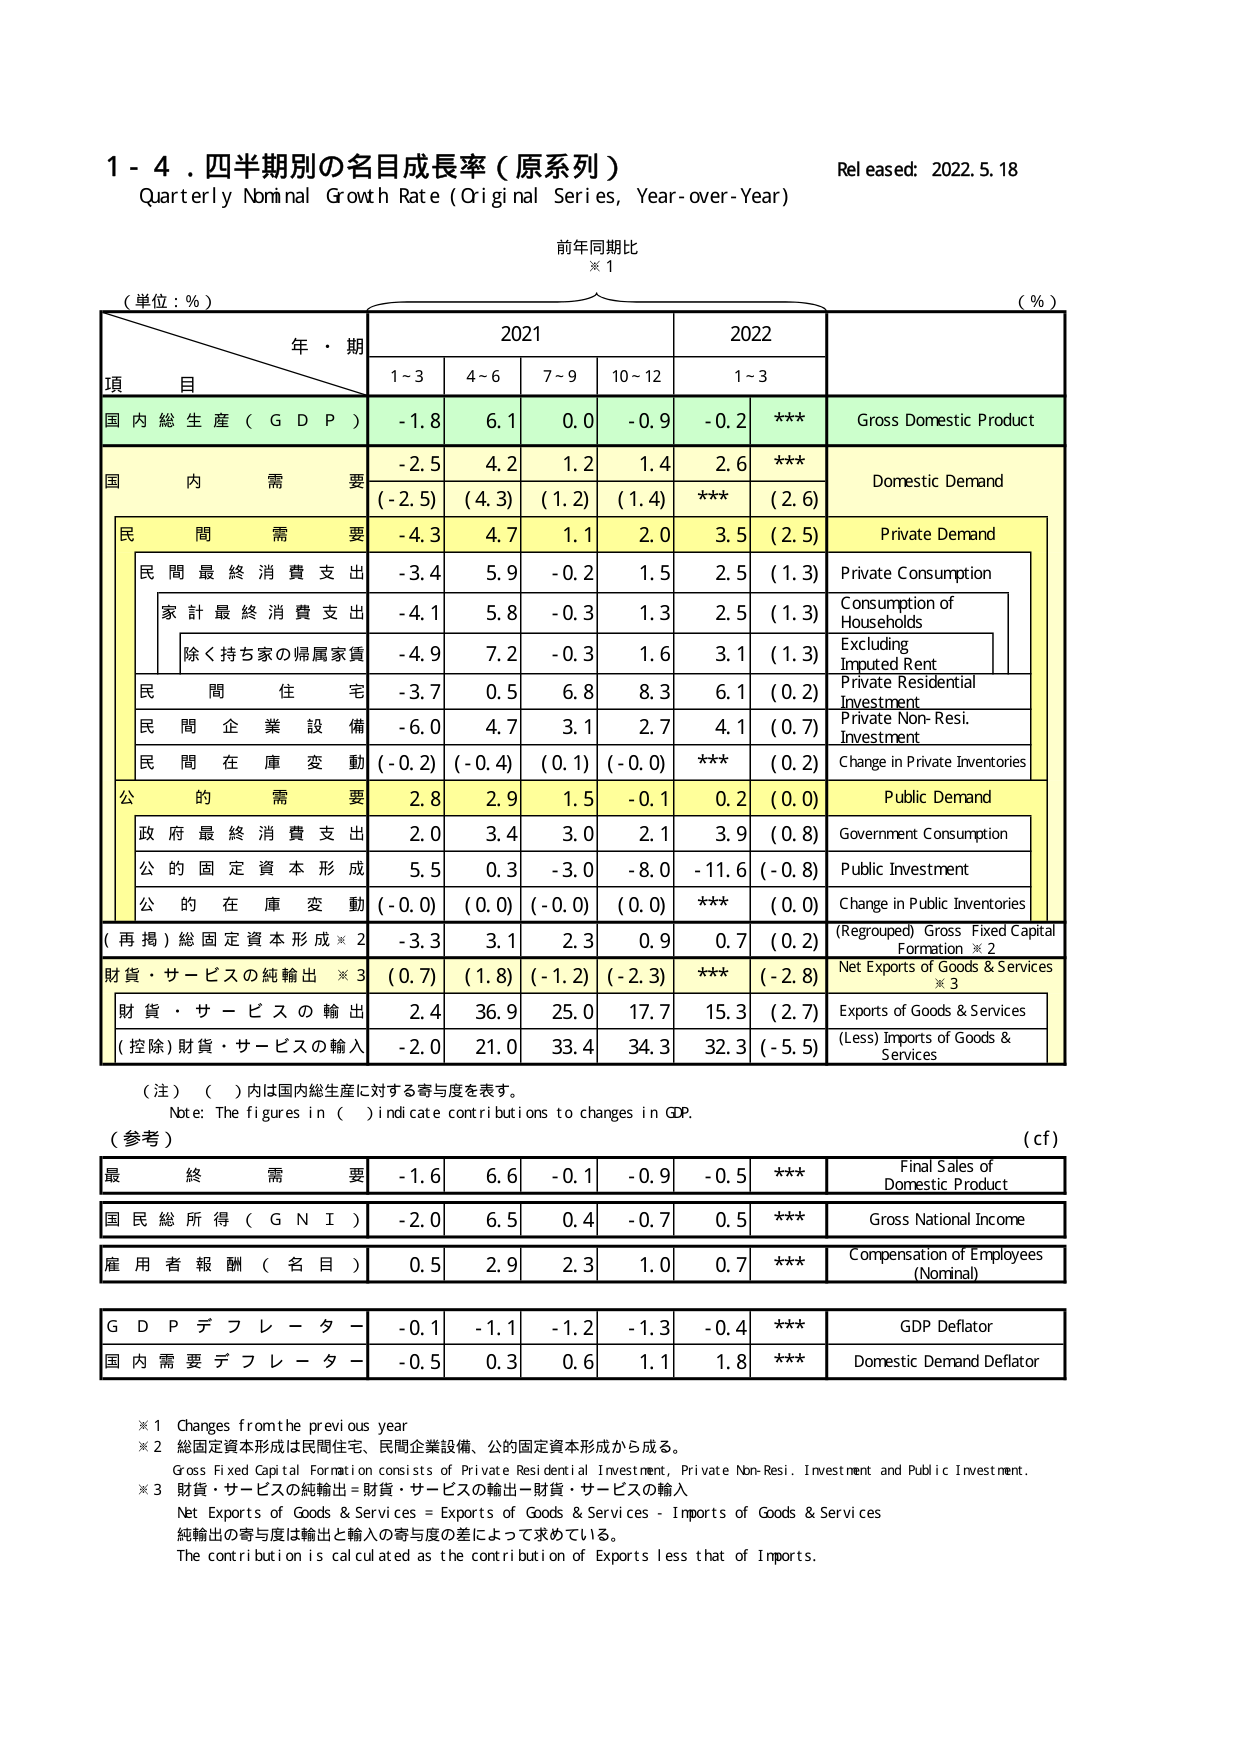
1 - 4. 四半期別の名目成長率（原系列）
Quarterly Nominal Growth Rate (Original Series, Year-over-Year)
Released: 2022.5.18
前年同期比
※1
（単位：%）
年・期
2021
2022
（%）
項
目
1~3
4~6
7~9
10~12
1~3
国内総生産（GDP）
-1.8
6.1
0.0
-0.9
-0.2
***
Gross Domestic Product
国内需要
-2.5
4.2
1.2
1.4
2.6
***
Domestic Demand
民間需要
-4.3
4.7
1.1
2.0
3.5
(2.5)
Private Demand
民間最終消費支出
-3.4
5.9
-0.2
1.5
2.5
(1.3)
Private Consumption
家計最終消費支出
-4.1
5.8
-0.3
1.3
2.5
(1.3)
Consumption of Households
除く持ち家の帰属家賃
-4.9
7.2
-0.3
1.6
3.1
(1.3)
Excluding Imputed Rent
民間住宅
-3.7
0.5
6.8
8.3
6.1
(0.2)
Private Residential Investment
民間企業設備
-6.0
4.7
3.1
2.7
4.1
(0.7)
Private Non-Resi. Investment
民間在庫変動
(-0.2)
(-0.4)
(0.1)
(-0.0)
***
(0.2)
Change in Private Inventories
公的需要
2.8
2.9
1.5
-0.1
0.2
(0.0)
Public Demand
政府最終消費支出
2.0
3.4
3.0
2.1
3.9
(0.8)
Government Consumption
公的固定資本形成
5.5
0.3
-3.0
-8.0
-11.6
(-0.8)
Public Investment
公的在庫変動
(-0.0)
(0.0)
(-0.0)
(0.0)
***
(0.0)
Change in Public Inventories
(再掲)総固定資本形成※2
-3.3
3.1
2.3
0.9
0.7
(0.2)
(Regrouped) Gross Fixed Capital Formation ※2
財貨・サービスの純輸出※3
(0.7)
(1.8)
(-1.2)
(-2.3)
***
(-2.8)
Net Exports of Goods & Services ※3
財貨・サービスの輸出
2.4
36.9
25.0
17.7
15.3
(2.7)
Exports of Goods & Services
(控除)財貨・サービスの輸入
-2.0
21.0
33.4
34.3
32.3
(-5.5)
(Less) Imports of Goods & Services
（注）（ ）内は国内総生産に対する寄与度を表す。
Note: The figures in ( ) indicate contributions to changes in GDP.
（参考）
(cf)
最終需要
-1.6
6.6
-0.1
-0.9
-0.5
***
Final Sales of Domestic Product
国民総所得（GNI）
-2.0
6.5
0.4
-0.7
0.5
***
Gross National Income
雇用者報酬（名目）
0.5
2.9
2.3
1.0
0.7
***
Compensation of Employees (Nominal)
GDPデフレーター
-0.1
-1.1
-1.2
-1.3
-0.4
***
GDP Deflator
国内需要デフレーター
-0.5
0.3
0.6
1.1
1.8
***
Domestic Demand Deflator
※1 Changes from the previous year
※2 総固定資本形成は民間住宅、民間企業設備、公的固定資本形成から成る。
Gross Fixed Capital Formation consists of Private Residential Investment, Private Non-Resi. Investment and Public Investment.
※3 財貨・サービスの純輸出＝財貨・サービスの輸出－財貨・サービスの輸入
Net Exports of Goods & Services = Exports of Goods & Services - Imports of Goods & Services
純輸出の寄与度は輸出と輸入の寄与度の差によって求めている。
The contribution is calculated as the contribution of Exports less that of Imports.